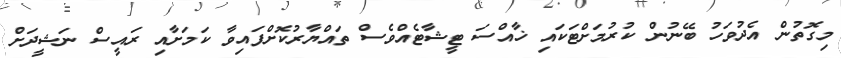
މިގޮތުން އެދުވަހު ބޭނުން ކުރުމަށްޓަކައި ޚާއްސަ ޓީޝާޓެއްވެސް ތައްޔާރުކޮށްފައިވާ ކަމަށާއި ރައީސް ނަޝީދަށް